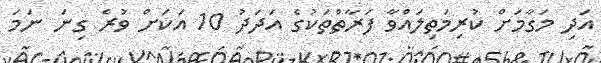
އަދި މަގާމަށް ކުރިމަތިލައްވާ ފަރާތްތަކުގެ އަދަދު 10 އަކަށް ވުރެ ގިނަ ނަމަ